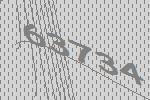
63734